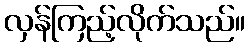
လှန်ကြည့်လိုက်သည်။